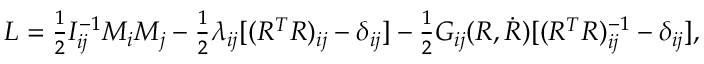
\begin{array} { r } { L = \frac 1 2 I _ { i j } ^ { - 1 } M _ { i } M _ { j } - \frac 1 2 \lambda _ { i j } [ ( R ^ { T } R ) _ { i j } - \delta _ { i j } ] - \frac 1 2 G _ { i j } ( R , \dot { R } ) [ ( R ^ { T } R ) _ { i j } ^ { - 1 } - \delta _ { i j } ] , } \end{array}